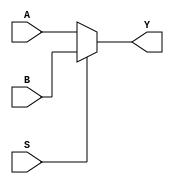
`timescale 1ns / 1ps
`default_nettype none

module two_one_mux(Y, A,B,S);
output reg Y; // declare y as a output register
input wire A,B,S; // declaring inputs as wire

always@(A or B or S) // cahnge if these change
    begin // declare block beginning
    if(S == 1'b0) // 1 bit with 1 output
        Y = A;  // drive Y with A value
    else
        Y = B; // else send Y to B
    end // must state ending
endmodule